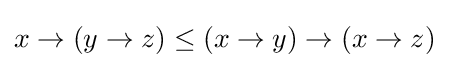
x\to (y\to z)\leq (x\to y)\to (x\to z)